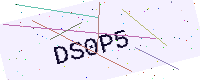
Text: DS0P5